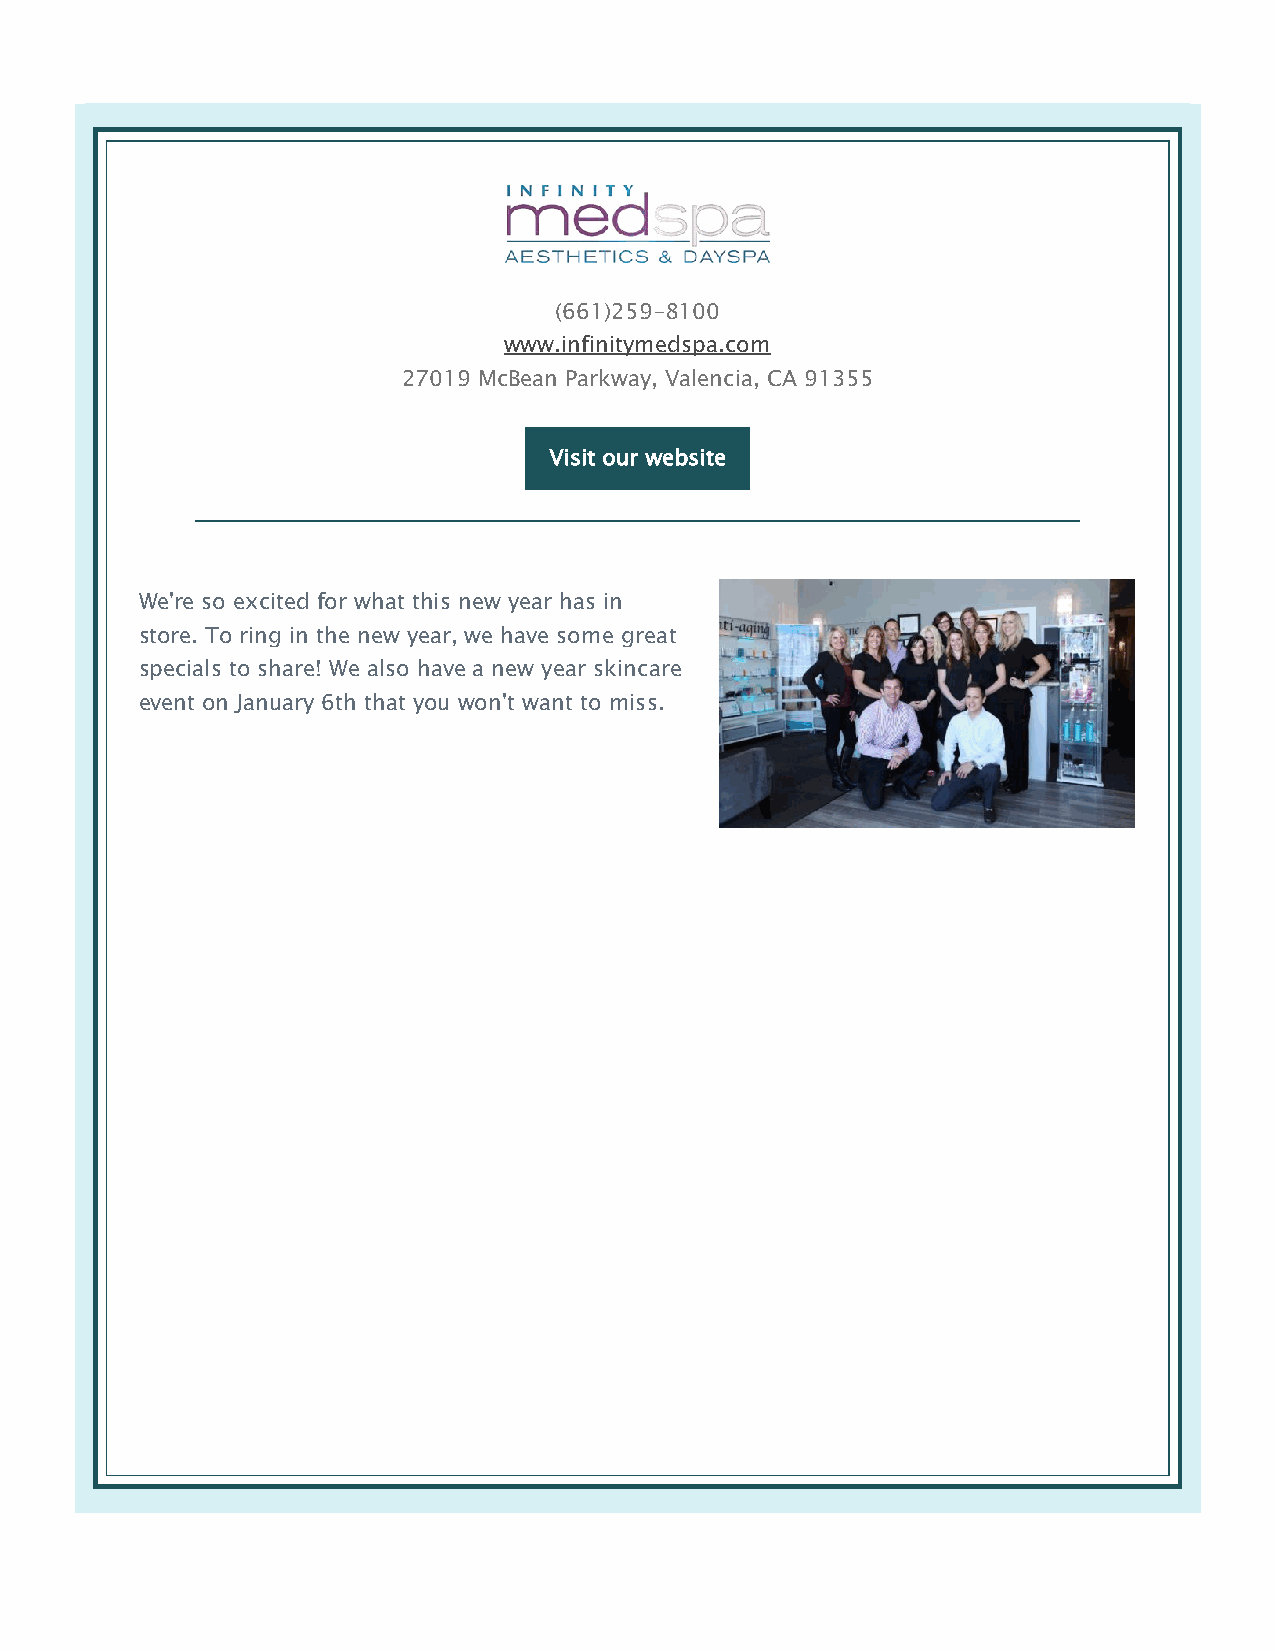
(661)259-8100
 www.infinitymedspa.com
 27019 McBean Parkway, Valencia, CA 91355
 Visit our website
 We're so excited for what this new year has in
 store. To ring in the new year, we have some great
 specials to share! We also have a new year skincare
 event on January 6th that you won't want to miss.